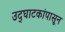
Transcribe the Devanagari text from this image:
उद्‌घाटकांपासून